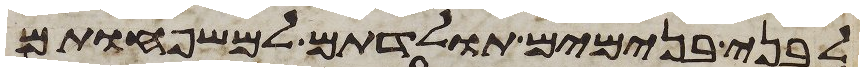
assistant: לבני בנימים תולדתם למשפחותם